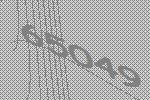
65049